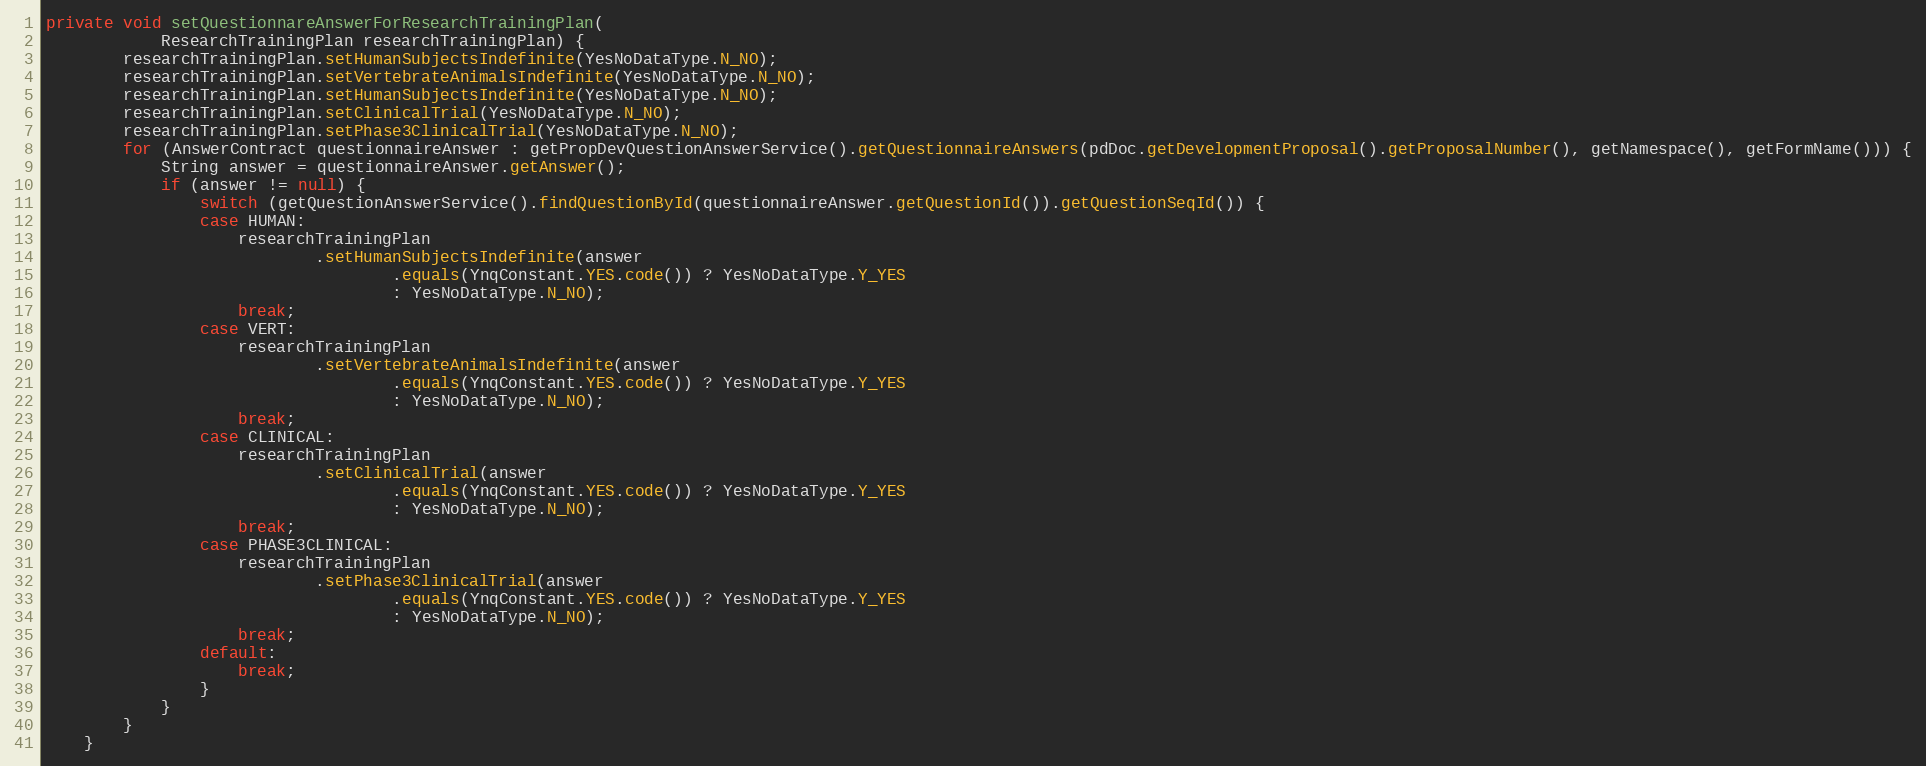
Language: Java
private void setQuestionnareAnswerForResearchTrainingPlan(
			ResearchTrainingPlan researchTrainingPlan) {
	    researchTrainingPlan.setHumanSubjectsIndefinite(YesNoDataType.N_NO);
        researchTrainingPlan.setVertebrateAnimalsIndefinite(YesNoDataType.N_NO);
        researchTrainingPlan.setHumanSubjectsIndefinite(YesNoDataType.N_NO);
        researchTrainingPlan.setClinicalTrial(YesNoDataType.N_NO);
        researchTrainingPlan.setPhase3ClinicalTrial(YesNoDataType.N_NO);
		for (AnswerContract questionnaireAnswer : getPropDevQuestionAnswerService().getQuestionnaireAnswers(pdDoc.getDevelopmentProposal().getProposalNumber(), getNamespace(), getFormName())) {
			String answer = questionnaireAnswer.getAnswer();
			if (answer != null) {
				switch (getQuestionAnswerService().findQuestionById(questionnaireAnswer.getQuestionId()).getQuestionSeqId()) {
				case HUMAN:
					researchTrainingPlan
							.setHumanSubjectsIndefinite(answer
									.equals(YnqConstant.YES.code()) ? YesNoDataType.Y_YES
									: YesNoDataType.N_NO);
					break;
				case VERT:
					researchTrainingPlan
							.setVertebrateAnimalsIndefinite(answer
									.equals(YnqConstant.YES.code()) ? YesNoDataType.Y_YES
									: YesNoDataType.N_NO);
					break;
				case CLINICAL:
					researchTrainingPlan
							.setClinicalTrial(answer
									.equals(YnqConstant.YES.code()) ? YesNoDataType.Y_YES
									: YesNoDataType.N_NO);
					break;
				case PHASE3CLINICAL:
					researchTrainingPlan
							.setPhase3ClinicalTrial(answer
									.equals(YnqConstant.YES.code()) ? YesNoDataType.Y_YES
									: YesNoDataType.N_NO);
					break;
				default:
					break;
				}
			}
		}
	}